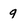
Character: q